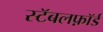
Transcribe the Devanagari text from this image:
स्टॅबलफ़ॉर्ड